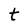
Character: t